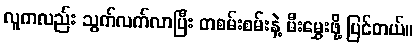
လူကလည်း သွက်လက်လာပြီး တစမ်းစမ်းနဲ့ မီးမွှေးဖို့ ပြင်တယ်။